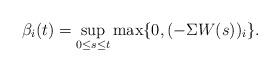
LaTeX: \begin{align*}\beta_i(t) = \sup_{0\leq s\leq t}\max\{0, (-\Sigma W(s))_i\}.\end{align*}